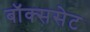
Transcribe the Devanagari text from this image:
बॉक्ससेट